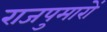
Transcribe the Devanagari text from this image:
राजपुमारों